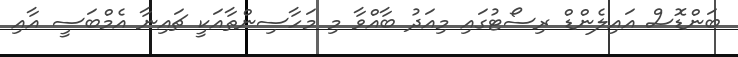
ބަންޑޮސް އައިލެންޑް ރިސޯޓުގައި މިއަދު ބާއްވާ މި މަހާސިންތާއަކީ ޗައިނާ އެމްބަސީ އާއި